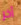
آخر